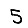
Digit: 5